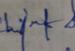
Signature authenticity: genuine